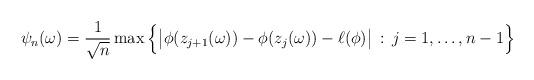
LaTeX: \begin{align*}\psi_n(\omega) = \frac{1}{\sqrt{n}} \max\Big\{ \big| \phi(z_{j+1}(\omega)) - \phi(z_j(\omega)) - \ell(\phi)\big| \, : \, j=1,\ldots,n-1\Big\}\end{align*}